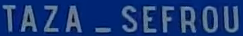
TAZA_SEFROU